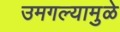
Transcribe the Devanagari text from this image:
उमगल्यामुळे